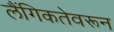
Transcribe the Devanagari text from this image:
लैंगिकतेवरून